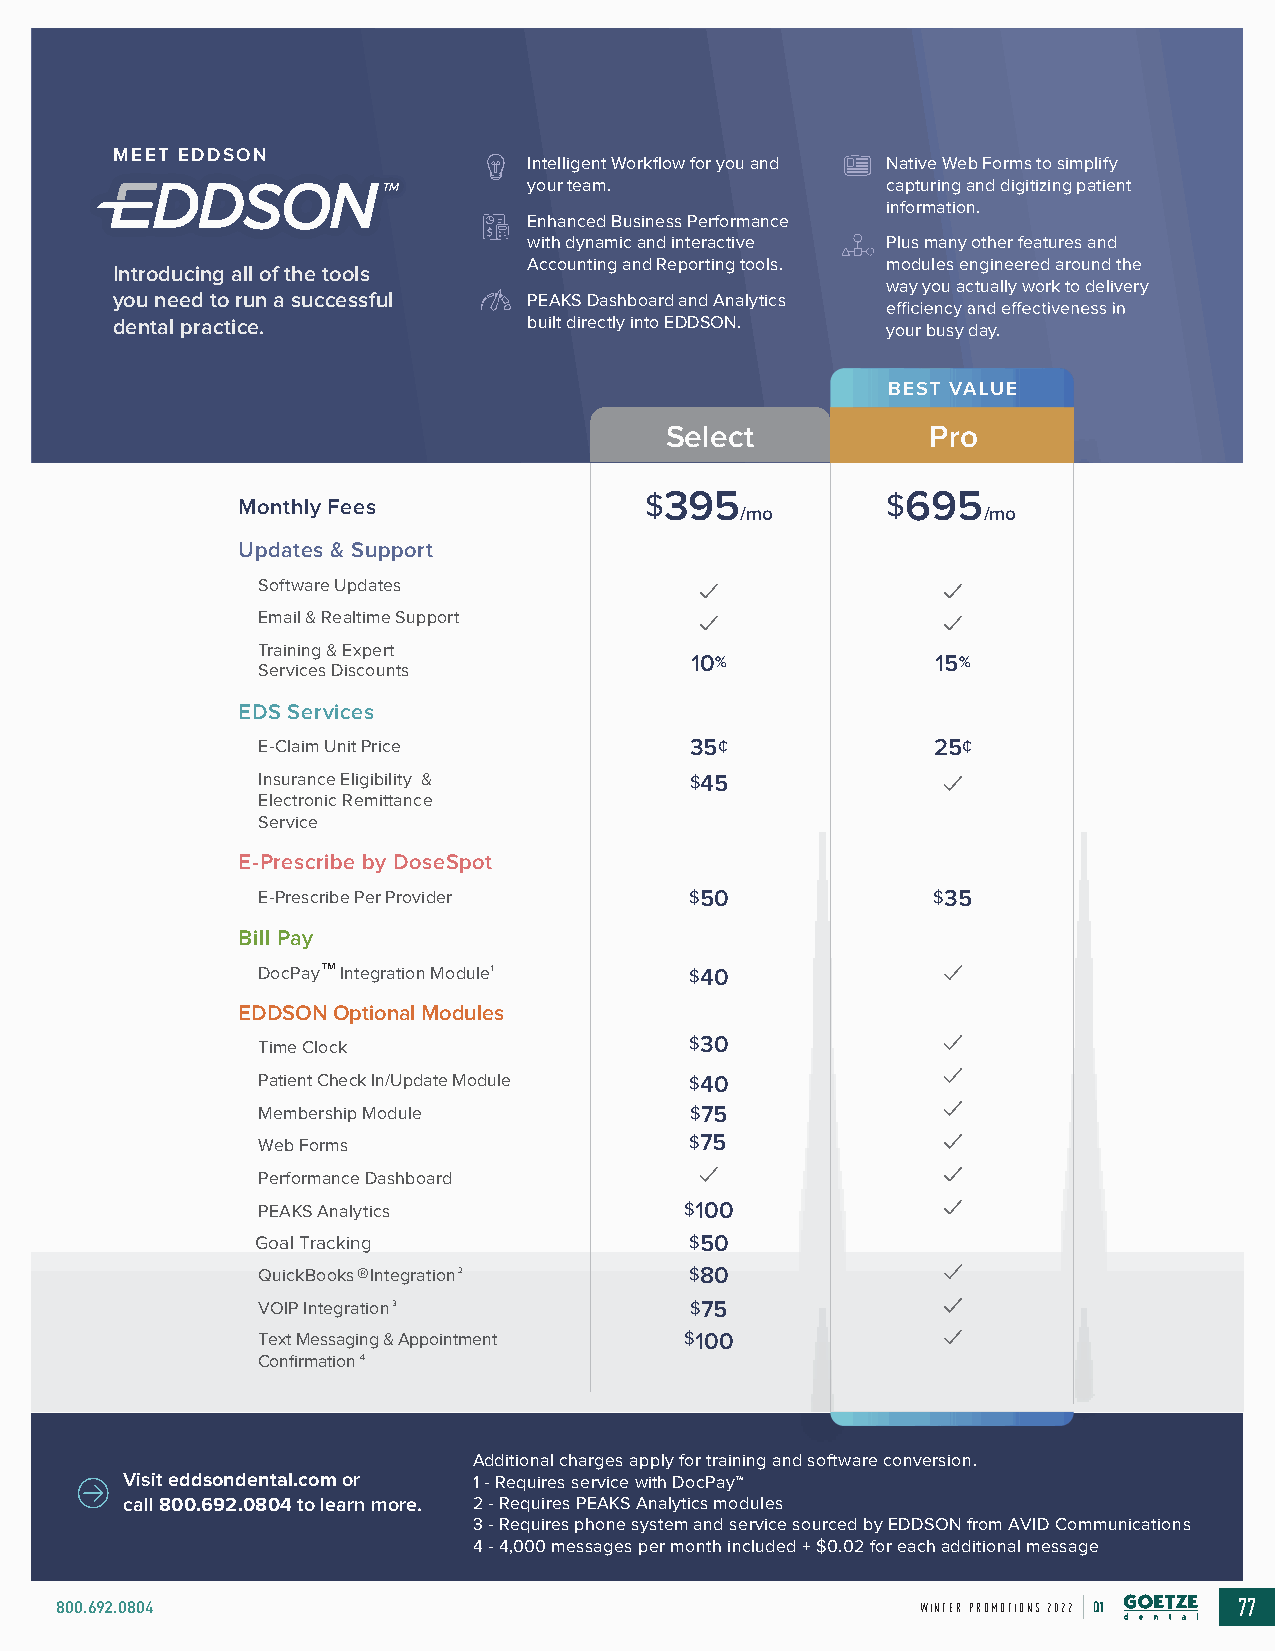
Clear Comfort
 A L I G N E R S MEET EDDSON
 Intelligent Workflow for you and Native Web Forms to simplify
 your team.              capturing and digitizing patient
 information.
 Enhanced Business Performance
 with dynamic and interactive Plus many other features and
 Accounting and Reporting tools. modules engineered around the
 Introducing all of the tools
 way you actually work to delivery
 you need to run a successful PEAKS Dashboard and Analytics
 dental practice.           built directly into EDDSON. your busy day.
 Clear Comfort
 BEST VALUE
 Select            Pro
 A L I G N E R S
 Monthly Fees
 $395            $695
 /mo             /mo
 Invisible        Updates & Support
 Software Updates
 Comforta ble
 Email & Realtime Support
 Clear Comfort
 Training & Expert
 Convenient        Services Discounts           10%             15%
 A L I G N E R S
 EDS Services
 E-Claim Unit Price           35¢             25¢
 Insurance Eligibility &      $45
 Electronic Remittance
 Service
 E-Prescribe by DoseSpot
 E-Prescribe Per Provider     $50             $35
 Bill Pay
 DocPay™ Integration Module1  $40
 EDDSON Optional Modules
 Time Clock                   $30
 Patient Check In/Update Module $40
 Membership Module            $75
 Web Forms                    $75
 Performance Dashboard
 PEAKS Analytics              $100
 Goal Tracking                $50
 QuickBooksⓇ Integration2     $80
 VOIP Integration3            $75
 Text Messaging & Appointment $100
 Pantone 7687 C Pantone 2995 C Confirmation4
 Font: Omnes Regular
 Advancing the Brilliance of Your Smile Additional charges apply for training and software conversion.
 Visit eddsondental.com or 1 - Requires service with DocPay™
 call 800.692.0804 to learn more. 2 - Requires PEAKS Analytics modules
 3 - Requires phone system and service sourced by EDDSON from AVID Communications
 ClearComfortAligners.com         4 - 4,000 messages per month included + $0.02 for each additional message
 800.692.0804                                             WINTER PROMOTIONS 2022 Q1 77